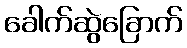
ခေါက်ဆွဲခြောက်